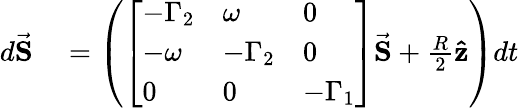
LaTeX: \begin{array}{rl}{d\vec{\mathbf S}}&{{}=\left(\left[\begin{array}{lll}{-\Gamma_{2}}&{\omega}&{0}\\ {-\omega}&{-\Gamma_{2}}&{0}\\ {0}&{0}&{-\Gamma_{1}}\end{array}\right]\vec{\mathbf S}+\frac{R}{2}\mathbf{\hat{z}}\right)dt}\end{array}